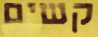
קשים